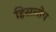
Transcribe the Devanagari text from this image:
हिसलोप